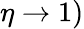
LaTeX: \eta\rightarrow 1)